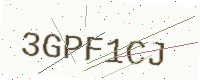
Text: 3GPF1CJ